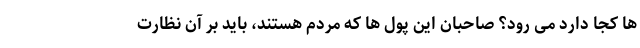
ها کجا دارد می رود؟ صاحبان این پول ها که مردم هستند، باید بر آن نظارت